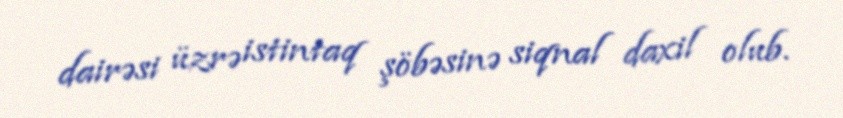
dairəsi üzrə istintaq şöbəsinə siqnal daxil olub.